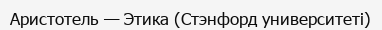
Аристотель — Этика (Стэнфорд университеті)